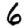
Digit: 6